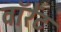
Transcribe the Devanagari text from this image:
वॉरेंट